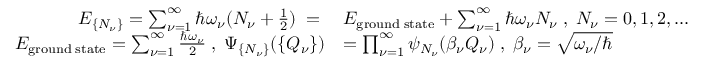
\begin{array} { r l } { E _ { \{ N _ { \nu } \} } = \sum _ { \nu = 1 } ^ { \infty } \hbar \omega _ { \nu } ( N _ { \nu } + \frac { 1 } { 2 } ) \; = \; } & { E _ { \mathrm { g r o u n d \; s t a t e } } + \sum _ { \nu = 1 } ^ { \infty } \hbar \omega _ { \nu } N _ { \nu } \; , \; N _ { \nu } = 0 , 1 , 2 , . . . } \\ { E _ { \mathrm { g r o u n d \; s t a t e } } = \sum _ { \nu = 1 } ^ { \infty } \frac { \hbar \omega _ { \nu } } { 2 } \; , \; \Psi _ { \{ N _ { \nu } \} } ( \{ Q _ { \nu } \} ) } & { = \prod _ { \nu = 1 } ^ { \infty } \psi _ { N _ { \nu } } ( \beta _ { \nu } Q _ { \nu } ) \; , \; \beta _ { \nu } = \sqrt { \omega _ { \nu } / \hbar } } \end{array}